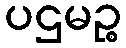
ပဌမဉ္စ